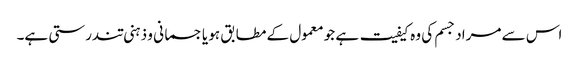
اس سے مراد جسم کی وہ کیفیت ہے جو معمول کے مطابق ہو یا جسمانی و ذہنی تندرستی ہے۔